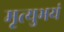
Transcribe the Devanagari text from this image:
मृत्युभयं